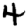
Digit: 4